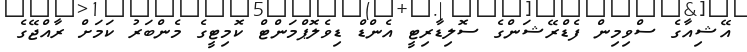
އޭޝިއާގެ ސްވިމިން ފެޑްރޭޝަންގެ ސޮލިޑާރިޓީ އެންޑް ޑިވެލޮޕްމަންޓް ކޮމިޓީގެ މެންބަރު ކަމަށް ރާއްޖޭގެ